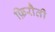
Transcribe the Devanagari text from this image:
फ़िरौती